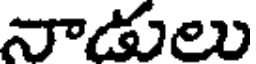
నాడులు